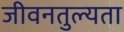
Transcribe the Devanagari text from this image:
जीवनतुल्यता